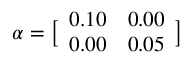
\boldsymbol { \alpha } = \bigl [ \begin{array} { l l } { 0 . 1 0 } & { 0 . 0 0 } \\ { 0 . 0 0 } & { 0 . 0 5 } \end{array} \bigr ]